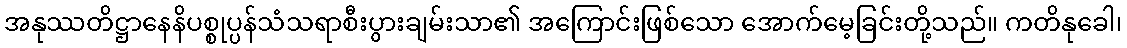
အနုဿတိဋ္ဌာနေနိပစ္စုပ္ပန်သံသရာစီးပွားချမ်းသာ၏ အကြောင်းဖြစ်သော အောက်မေ့ခြင်းတို့သည်။ ကတိနုခေါ၊